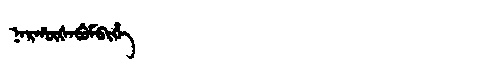
Manchu: ᠨᠠᡵᡥᡡᡧᠠᠪᡠᠮᠪᡳᡥᡝ
Romanization: NARHŪŠABUMBIHE